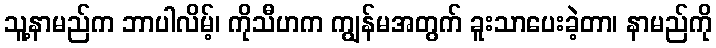
သူ့နာမည်က ဘာပါလိမ့်၊ ကိုသီဟက ကျွန်မအတွက် ခူးသာပေးခဲ့တာ၊ နာမည်ကို